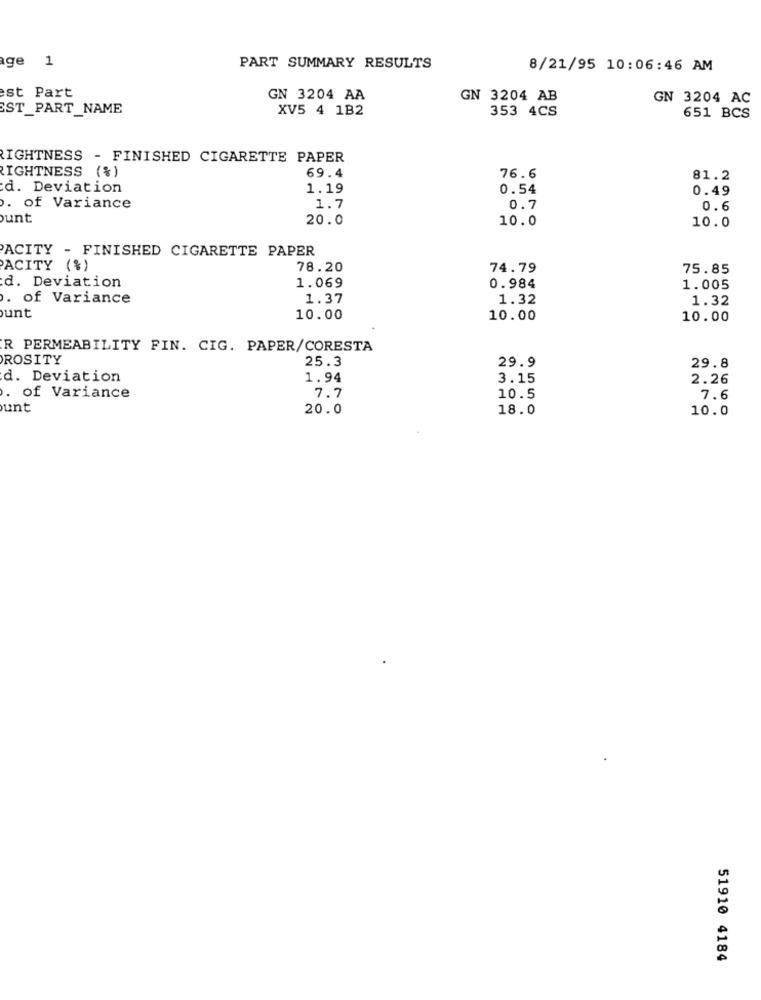
age 1
PART SUMMARY RESULTS
8/21/95 10:06:46 AM
est Part
GN 3204 AA
GN 3204 AB
GN 3204 AC
ST_PART_NAME
XV5 4 1B2
353 4CS
651 BCS
RIGHTNESS - FINISHED CIGARETTE PAPER
69.4
LIGHTNESS (%)
76.6
81.2
d. Deviation
1.19
0.54
0.49
. of Variance
1.7
0.7
0.6
unt
20.0
10.0
10.0
ACITY - FINISHED CIGARETTE PAPER
ACITY (%)
78.20
74.79
75.85
1.069
d. Deviation
0.984
1.005
. of Variance
1.37
1.32
1.32
unt
10.00
10.00
10.00
R PERMEABILITY FIN. CIG. PAPER/CORESTA
ROSITY
25.3
29.9
29.8
d. Deviation
1.94
3.15
2.26
. of Variance
7.7
10.5
7.6
unt
20.0
18.0
10.0
51910 4184